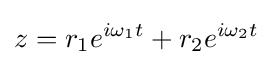
z=r_{1}e^{i\omega _{1}t}+r_{2}e^{i\omega _{2}t}